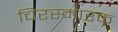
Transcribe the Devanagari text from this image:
चिरस्मारक